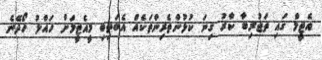
އެޓީމް ގައި ތަޖުރިބާ ކާރު ގިނަ ކުޅުންތެރިންތަކެއް އެބަތިބި މީއެޓީމަށް ހައްލު ހޯދޭނެ